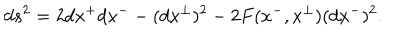
LaTeX: d s ^ { 2 } = 2 d x ^ { + } d x ^ { - } - ( d x ^ { \perp } ) ^ { 2 } - 2 F ( x ^ { - } , x ^ { \perp } ) ( d x ^ { - } ) ^ { 2 } .